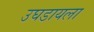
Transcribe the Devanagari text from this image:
उघडायला